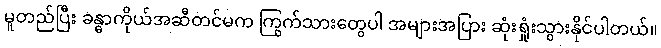
မူတည်ပြီး ခန္ဓာကိုယ်အဆီတင်မက ကြွက်သားတွေပါ အများအပြား ဆုံးရှုံးသွားနိုင်ပါတယ်။